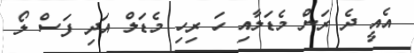
އެއީ ދެ ރަން މެޑަލާއި ހަ ރިހި މެޑަލް އަދި ފަސް ލޯ